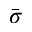
\bar { \sigma }